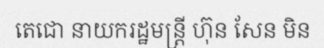
តេជោ នាយករដ្ឋមន្ត្រី ហ៊ុន សែន មិន